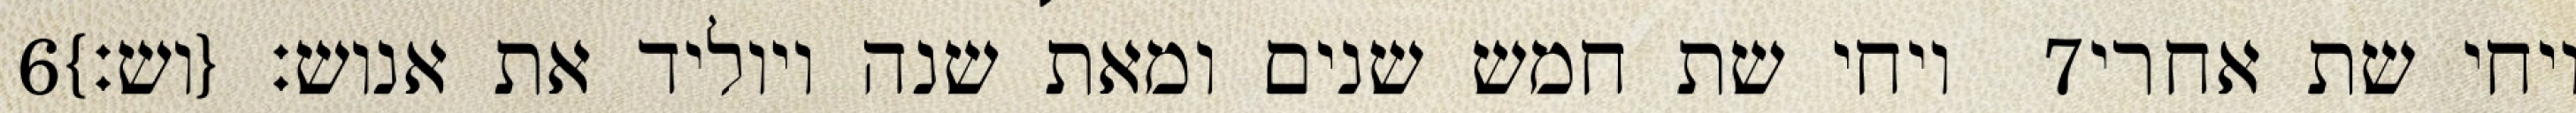
‎6‏ ויחי שת חמש שנים ומאת שנה ויוליד את אנוש׃ {וש׃} ‎7‏ ויחי שת אחרי